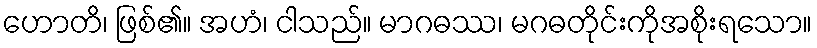
ဟောတိ၊ ဖြစ်၏။ အဟံ၊ ငါသည်။ မာဂဓဿ၊ မဂဓတိုင်းကိုအစိုးရသော။